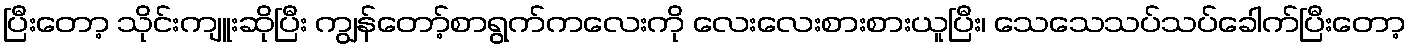
ပြီးတော့ သိုင်းကျူးဆိုပြီး ကျွန်တော့်စာရွက်ကလေးကို လေးလေးစားစားယူပြီး၊ သေသေသပ်သပ်ခေါက်ပြီးတော့